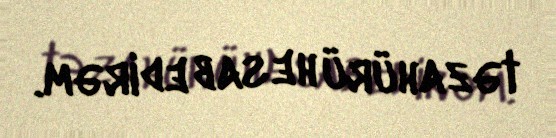
təzahürü hesab edirəm.